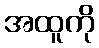
အထူကို